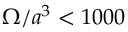
\Omega / a ^ { 3 } < 1 0 0 0